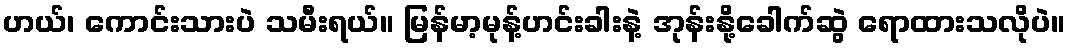
ဟယ်၊ ကောင်းသားပဲ သမီးရယ်။ မြန်မာ့မုန့်ဟင်းခါးနဲ့ အုန်းနို့ခေါက်ဆွဲ ရောထားသလိုပဲ။